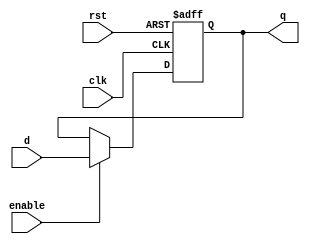
//////////////////////////////////////////////////////////////////////////////////
// Company: ITESO 
//////////////////////////////////////////////////////////////////////////////////
module FF_D_enable(
    input clk,
    input rst,
    input enable,
    input d,
    output reg q
    );
always @(posedge rst, posedge clk) // asychronous reset
    begin
        if(rst)
            q <= 1'b0;
        else
            if(enable)
                q <= d;
            else
                q <= q;
end
endmodule